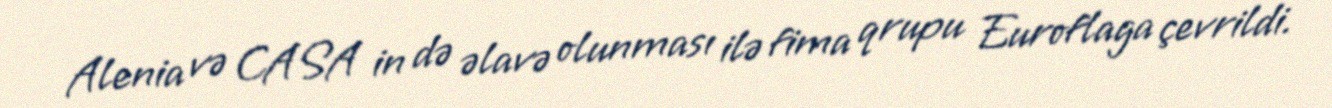
Alenia və CASA in də əlavə olunması ilə fima qrupu Euroflaga çevrildi.